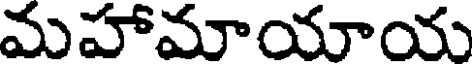
మహామాయాయ